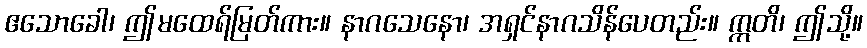
ဧသောခေါ၊ ဤမထေရ်မြတ်ကား။ နာဂသေနော၊ အရှင်နာဂသိန်ပေတည်း။ ဣတိ၊ ဤသို့။